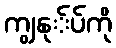
ကျွနု်ပ်ကို